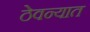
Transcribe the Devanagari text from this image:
ठेवन्यात